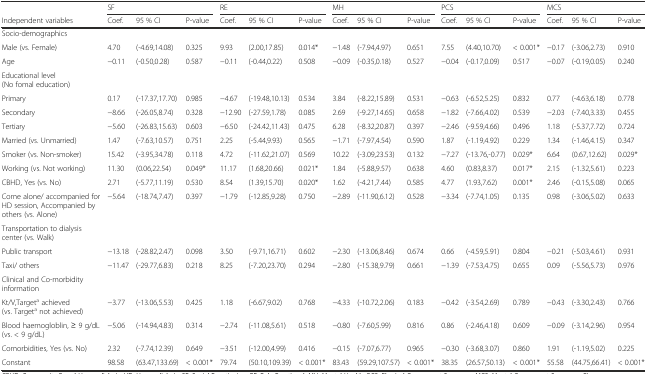
<table><thead><tr><td></td><td colspan="3"><b>SF</b></td><td colspan="3"><b>RE</b></td><td colspan="3"><b>MH</b></td><td colspan="3"><b>PCS</b></td><td colspan="3"><b>MCS</b></td></tr><tr><td><b>Independent variables</b></td><td><b>Coef.</b></td><td><b>95 % CI</b></td><td><b>P-value</b></td><td><b>Coef.</b></td><td><b>95 % CI</b></td><td><b>P-value</b></td><td><b>Coef.</b></td><td><b>95 % CI</b></td><td><b>P-value</b></td><td><b>Coef.</b></td><td><b>95 % CI</b></td><td><b>P-value</b></td><td><b>Coef.</b></td><td><b>95 % CI</b></td><td><b>P-value</b></td></tr></thead><tbody><tr><td>Socio-demographics</td><td></td><td></td><td></td><td></td><td></td><td></td><td></td><td></td><td></td><td></td><td></td><td></td><td></td><td></td><td></td></tr><tr><td>Male (vs. Female)</td><td>4.70</td><td>(-4.69,14.08)</td><td>0.325</td><td>9.93</td><td>(2.00,17.85)</td><td>0.014*</td><td>−1.48</td><td>(-7.94,4.97)</td><td>0.651</td><td>7.55</td><td>(4.40,10.70)</td><td>&lt; 0.001*</td><td>−0.17</td><td>(-3.06,2.73)</td><td>0.910</td></tr><tr><td>Age</td><td>−0.11</td><td>(-0.50,0.28)</td><td>0.587</td><td>−0.11</td><td>(-0.44,0.22)</td><td>0.508</td><td>−0.09</td><td>(-0.35,0.18)</td><td>0.527</td><td>−0.04</td><td>(-0.17,0.09)</td><td>0.517</td><td>−0.07</td><td>(-0.19,0.05)</td><td>0.240</td></tr><tr><td>Educational level (No fomal education)</td><td></td><td></td><td></td><td></td><td></td><td></td><td></td><td></td><td></td><td></td><td></td><td></td><td></td><td></td><td></td></tr><tr><td>Primary</td><td>0.17</td><td>(-17.37,17.70)</td><td>0.985</td><td>−4.67</td><td>(-19.48,10.13)</td><td>0.534</td><td>3.84</td><td>(-8.22,15.89)</td><td>0.531</td><td>−0.63</td><td>(-6.52,5.25)</td><td>0.832</td><td>0.77</td><td>(-4.63,6.18)</td><td>0.778</td></tr><tr><td>Secondary</td><td>−8.66</td><td>(-26.05,8.74)</td><td>0.328</td><td>−12.90</td><td>(-27.59,1.78)</td><td>0.085</td><td>2.69</td><td>(-9.27,14.65)</td><td>0.658</td><td>−1.82</td><td>(-7.66,4.02)</td><td>0.539</td><td>−2.03</td><td>(-7.40,3.33)</td><td>0.455</td></tr><tr><td>Tertiary</td><td>−5.60</td><td>(-26.83,15.63)</td><td>0.603</td><td>−6.50</td><td>(-24.42,11.43)</td><td>0.475</td><td>6.28</td><td>(-8.32,20.87)</td><td>0.397</td><td>−2.46</td><td>(-9.59,4.66)</td><td>0.496</td><td>1.18</td><td>(-5.37,7.72)</td><td>0.724</td></tr><tr><td>Married (vs. Unmarried)</td><td>1.47</td><td>(-7.63,10.57)</td><td>0.751</td><td>2.25</td><td>(-5.44,9.93)</td><td>0.565</td><td>−1.71</td><td>(-7.97,4.54)</td><td>0.590</td><td>1.87</td><td>(-1.19,4.92)</td><td>0.229</td><td>1.34</td><td>(-1.46,4.15)</td><td>0.347</td></tr><tr><td>Smoker (vs. Non-smoker)</td><td>15.42</td><td>(-3.95,34.78)</td><td>0.118</td><td>4.72</td><td>(-11.62,21.07)</td><td>0.569</td><td>10.22</td><td>(-3.09,23.53)</td><td>0.132</td><td>−7.27</td><td>(-13.76,-0.77)</td><td>0.029*</td><td>6.64</td><td>(0.67,12.62)</td><td>0.029*</td></tr><tr><td>Working (vs. Not working)</td><td>11.30</td><td>(0.06,22.54)</td><td>0.049*</td><td>11.17</td><td>(1.68,20.66)</td><td>0.021*</td><td>1.84</td><td>(-5.88,9.57)</td><td>0.638</td><td>4.60</td><td>(0.83,8.37)</td><td>0.017*</td><td>2.15</td><td>(-1.32,5.61)</td><td>0.223</td></tr><tr><td>CBHD, Yes (vs. No)</td><td>2.71</td><td>(-5.77,11.19)</td><td>0.530</td><td>8.54</td><td>(1.39,15.70)</td><td>0.020*</td><td>1.62</td><td>(-4.21,7.44)</td><td>0.585</td><td>4.77</td><td>(1.93,7.62)</td><td>0.001*</td><td>2.46</td><td>(-0.15,5.08)</td><td>0.065</td></tr><tr><td>Come alone/ accompanied for HD session, Accompanied by others (vs. Alone)</td><td>−5.64</td><td>(-18.74,7.47)</td><td>0.397</td><td>−1.79</td><td>(-12.85,9.28)</td><td>0.750</td><td>−2.89</td><td>(-11.90,6.12)</td><td>0.528</td><td>−3.34</td><td>(-7.74,1.05)</td><td>0.135</td><td>0.98</td><td>(-3.06,5.02)</td><td>0.633</td></tr><tr><td>Transportation to dialysis center (vs. Walk)</td><td></td><td></td><td></td><td></td><td></td><td></td><td></td><td></td><td></td><td></td><td></td><td></td><td></td><td></td><td></td></tr><tr><td>Public transport</td><td>−13.18</td><td>(-28.82,2.47)</td><td>0.098</td><td>3.50</td><td>(-9.71,16.71)</td><td>0.602</td><td>−2.30</td><td>(-13.06,8.46)</td><td>0.674</td><td>0.66</td><td>(-4.59,5.91)</td><td>0.804</td><td>−0.21</td><td>(-5.03,4.61)</td><td>0.931</td></tr><tr><td>Taxi/ others</td><td>−11.47</td><td>(-29.77,6.83)</td><td>0.218</td><td>8.25</td><td>(-7.20,23.70)</td><td>0.294</td><td>−2.80</td><td>(-15.38,9.79)</td><td>0.661</td><td>−1.39</td><td>(-7.53,4.75)</td><td>0.655</td><td>0.09</td><td>(-5.56,5.73)</td><td>0.976</td></tr><tr><td>Clinical and Co-morbidity information</td><td></td><td></td><td></td><td></td><td></td><td></td><td></td><td></td><td></td><td></td><td></td><td></td><td></td><td></td><td></td></tr><tr><td>Kt/V,Target<sup>a</sup> achieved (vs. Target<sup>a</sup> not achieved)</td><td>−3.77</td><td>(-13.06,5.53)</td><td>0.425</td><td>1.18</td><td>(-6.67,9.02)</td><td>0.768</td><td>−4.33</td><td>(-10.72,2.06)</td><td>0.183</td><td>−0.42</td><td>(-3.54,2.69)</td><td>0.789</td><td>−0.43</td><td>(-3.30,2.43)</td><td>0.766</td></tr><tr><td>Blood haemogloblin, ≥ 9 g/dL (vs. &lt; 9 g/dL)</td><td>−5.06</td><td>(-14.94,4.83)</td><td>0.314</td><td>−2.74</td><td>(-11.08,5.61)</td><td>0.518</td><td>−0.80</td><td>(-7.60,5.99)</td><td>0.816</td><td>0.86</td><td>(-2.46,4.18)</td><td>0.609</td><td>−0.09</td><td>(-3.14,2.96)</td><td>0.954</td></tr><tr><td>Comorbidities, Yes (vs. No)</td><td>2.32</td><td>(-7.74,12.39)</td><td>0.649</td><td>−3.51</td><td>(-12.00,4.99)</td><td>0.416</td><td>−0.15</td><td>(-7.07,6.77)</td><td>0.965</td><td>−0.30</td><td>(-3.68,3.07)</td><td>0.860</td><td>1.91</td><td>(-1.19,5.02)</td><td>0.225</td></tr><tr><td>Constant</td><td>98.58</td><td>(63.47,133.69)</td><td>&lt; 0.001*</td><td>79.74</td><td>(50.10,109.39)</td><td>&lt; 0.001*</td><td>83.43</td><td>(59.29,107.57)</td><td>&lt; 0.001*</td><td>38.35</td><td>(26.57,50.13)</td><td>&lt; 0.001*</td><td>55.58</td><td>(44.75,66.41)</td><td>&lt; 0.001*</td></tr></tbody></table>